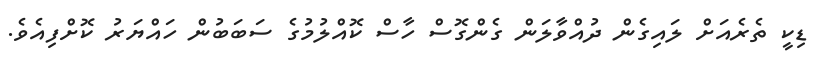
ޑިކީ ތެރެއަށް ލައިގެން ދުއްވާލަން ގެންގޮސް ހާސް ކޮއްލުމުގެ ސަބަބުން ހައްޔަރު ކޮށްފިއެވެ.